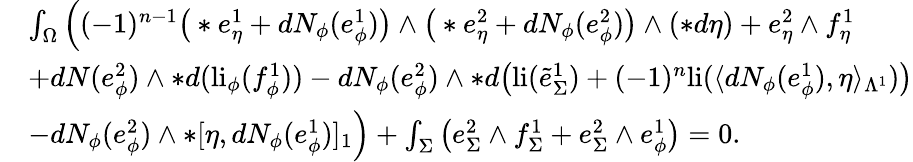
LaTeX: \begin{array}{rl}&{\int_{\Omega}\Big((-1)^{n-1}\big(\ast e_{\eta}^{1}+dN_{\phi}(e_{\phi}^{1})\big)\wedge\big(\ast e_{\eta}^{2}+dN_{\phi}(e_{\phi}^{2})\big)\wedge(\ast d\eta)+e_{\eta}^{2}\wedge f_{\eta}^{1}}\\ &{+dN(e_{\phi}^{2})\wedge\ast d(\mathrm{li}_{\phi}(f_{\phi}^{1}))-dN_{\phi}(e_{\phi}^{2})\wedge\ast d\big(\mathrm{li}(\tilde{e}_{\Sigma}^{1})+(-1)^{n}\mathrm{li}(\langle dN_{\phi}(e_{\phi}^{1}),\eta\rangle_{\Lambda^{1}})\big)}\\ &{-dN_{\phi}(e_{\phi}^{2})\wedge\ast[\eta,dN_{\phi}(e_{\phi}^{1})]_{1}\Big)+\int_{\Sigma}\big(e_{\Sigma}^{2}\wedge f_{\Sigma}^{1}+e_{\Sigma}^{2}\wedge e_{\phi}^{1}\big)=0.}\end{array}